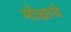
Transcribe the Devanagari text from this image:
मोक्षाचे